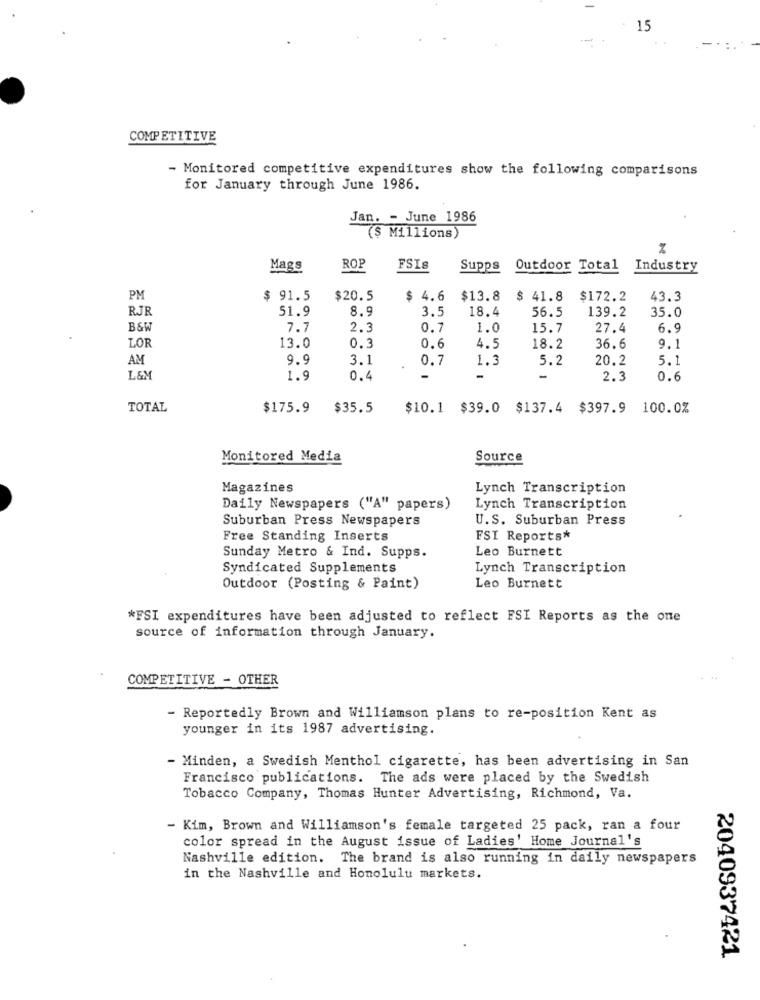
15
COMPETITIVE
- Monitored competitive expenditures show the following comparisons
for January through June 1986.
Jan. - June 1986
($ Millions)
Mags
ROP
FSIS
Supps
Outdoor Total
Industry
PM
$ 91.5
$20.5
$ 4.6 $13.8
$ 41.8
$172.2
43.3
RJR
51.9
8.9
3.5
18.4
139.2
56.5
35.0
B&W
7.7
2.3
0.7
1.0
15.7
27.4
6.9
LOR
13.0
0.3
0.6
4.5
18.2
36.6
9.1
AM
9.9
3.1
0.7
1.3
5.2
20.2
5.1
L&M
1.9
0.4
-
-
2.3
0.6
TOTAL
$175.9
$35.5
$10.1 $39.0 $137.4 $397.9 100.0%
Monitored Media
Source
Magazines
Lynch Transcription
Daily Newspapers ("A" papers)
Lynch Transcription
Suburban Press Newspapers
U.S. Suburban Press
Free Standing Inserts
FSI Reports*
Sunday Metro & Ind. Supps.
Leo Burnett
Syndicated Supplements
Lynch Transcription
Outdoor (Posting & Paint)
Leo Burnett
*FSI expenditures have been adjusted to reflect FSI Reports as the one
source of information through January.
COMPETITIVE - OTHER
- Reportedly Brown and Williamson plans to re-position Kent as
younger in its 1987 advertising.
- Minden, a Swedish Menthol cigarette, has been advertising in San
Francisco publications. The ads were placed by the Swedish
Tobacco Company, Thomas Hunter Advertising, Richmond, Va.
- Kim, Brown and Williamson's female targeted 25 pack, ran a four
color spread in the August issue of Ladies' Home Journal's
Nashville edition. The brand is also running in daily newspapers
in the Nashville and Honolulu markets.
2040937421